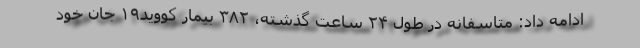
ادامه داد: متاسفانه در طول ۲۴ ساعت گذشته، ۳۸۲ بیمار کووید۱۹ جان خود